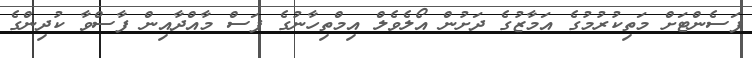
ޕަސެންޓަށް މަތިކުރުމުގެ އަމާޒުގެ ދަށުން އޯލެވެލް އިމްތިހާނުގެ ފަސް މާއްދާއިން ފާސްވާ ކުދިންގެ